Report of the Indian Hemp Drugs Commission, 1894-1895 - Volume VII
Year: 1894
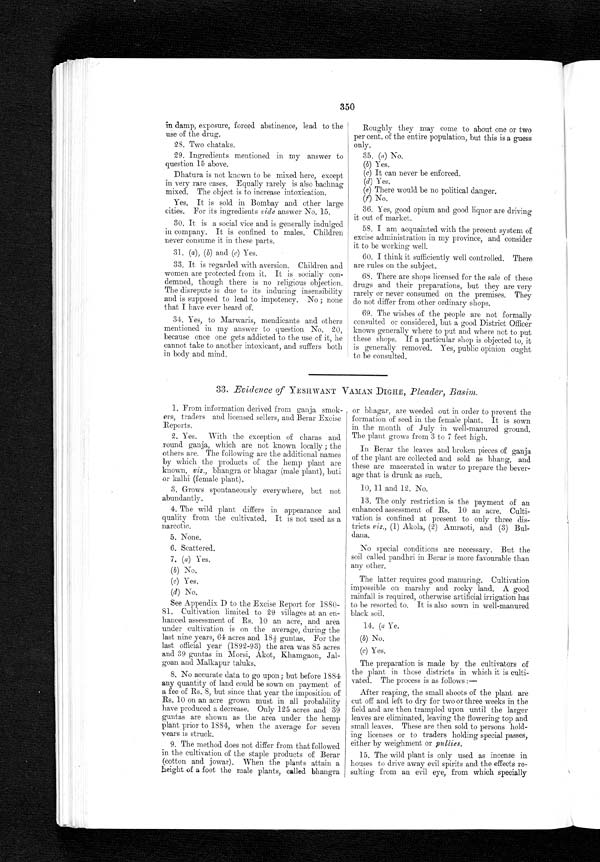
350
in damp, exposure, forced abstinence, lead to the
use of the drug.
28.Two chataks.
29.Ingredients mentioned in my answer to
-question 15 above.
Dhatura is not known to be mixed here, except
in very rare cases. Equally rarely is also bachnag
mixed. The object is to increase intoxication.
Yes. It is sold in Bombay and other large
cities. For its ingredients vide answer No. 15.
30.It is a social vice and is generally indulged
in company. It is confined to males. Children
never consume it in these parts.
31.
(a), (b) and (c) Yes.
33.It is regarded with aversion. Children and
women are protected from it. It is socially con-
demned, though there is no religious objection.
The disrepute is due to its inducing insensibility
and is supposed to lead to impotency. No ; none
that I have ever heard of.
34.Yes, to Marwaris, mendicants and others
mentioned in my answer to question No. 20,
because once one gets addicted to the use of it, he
cannot take to another intoxicant, and suffers both
in body and mind.
Roughly they may come to about one or two
per cent. of the entire population, but this is a guess
only.
35, (a) No.
(b) Yes.
( c ) It can never be enforced.
(d) Yes.
(e) There would be no political danger.
(f) No.
36. Yes, good opium and good liquor are driving
it out of market.
58. I am acquainted with the present system of
excise administration in my province, and consider
it to be working well.
60. I think it sufficiently well controlled. There
are rules on the subject.
68.There are shops licensed for the sale of these
drugs and their preparations, but they are very
rarely or never consumed on the premises. They
do not differ from other ordinary shops.
69.The wishes of the people are not formally
consulted or considered, but a good District Officer
knows generally where to put and where not to put
these shops. If a particular shop is objected to, it
is generally removed. Yes, public opinion ought
to be consulted.
33. Evidence of YESHWANT VAMAN DIGHE, Pleader, Basim.
1. From information derived from ganja smok-
ers, traders and licensed sellers, and Berar Excise
Reports.
2. Yes. With the exception of charas and
round ganja, which are not known locally ; the
others are. The following are the additional names
by which the products of the hemp plant are
known, viz., bhangra or bhagar (male plant), buti
or kalhi (female plant).
3. Grows spontaneously everywhere, but not
abundantly.
4. The wild plant differs in appearance and
quality from the cultivated. It is not used as a
narcotic.
5. None.
6. Scattered.
7. (a) yes.
( b ) N o .
( c ) Yes.
( d ) N o .
See Appendix D to the Excise Report for 1880-
81. Cultivation limited to 29 villages at an en-
hanced assessment of Rs. 10 an acre, and area
under cultivation is on the average, during the
last nine years, 64 acres and 181/3 guntas. For the
last official year (1892-93) the area was 85 acres
and 39 guntas in Morsi, Akot, Khamgaon, Jal-
goan and Malkapur taluks.
8. No accurate data to go upon; but before 1881
any quantity of land could be sown on payment of
a fee of Rs. 8, but since that year the imposition of
Rs. 10 on an acre grown must in all probability
have produced a decrease. Only 125 acres and 39
guntas are shown as the area under the hemp
plant prior to 1884, when the average for seven
years is struck.
9. The method does not differ from that followed
in the cultivation of the staple products of Berar
(cotton and jowar). When the plants attain a
freight of a foot the male plants, called bhangra
or bhagar, are weeded out in order to prevent the
formation of seed in the female plant. It is sown
in the month of July in well -manured ground.
The plant grows from 3 to 7 feet high.
In Berar the leaves and broken pieces of ganja
of the plant are collected and sold as bhang, and
these are macerated in water to prepare the bever-
age that is drunk as such.
10, 11 and 12. No.
13. The only restriction is the payment of an
enhanced assessment of Rs. 10 an acre. Culti-
vation is confined at present to only three dis-
tricts viz., (1) Akola, (2) Amraoti, and (3) Bul-
dana.
No special conditions are necessary. But the
soil called pandhri in Berar is more favourable than
any other.
The latter requires good manuring. Cultivation
impossible on marshy and rocky land. A good
rainfall is required, otherwise artificial irrigation has
to be resorted to. It is also sown in well-manured
black soil.
14. (a Ye.
( b ) No.
( c ) Y e s .
The preparation is made by the cultivators of
the plant in those districts in which it is culti-
vated. The process is as follows :
—
After reaping, the small shoots of the plant are
cut off and left to dry for two or three weeks in the
field and are then trampled upon until the larger
leaves are eliminated, leaving the flowering top and
small leaves. These are then sold to persons hold-
ing licenses or to traders holding special passes,
either by weighment or pullies.
15. The wild plant is only used. as incense in
houses to drive away evil spirits and the effects re-
sulting from an evil eye, from which specially